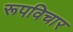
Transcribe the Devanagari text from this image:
रूपविचार